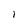
Character: l